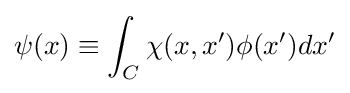
\psi (x)\equiv \int _{C}\chi (x,x')\phi (x')dx'